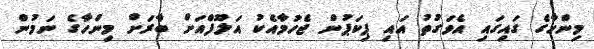
މިންހާގެ ގައިގައި އެވަގުތު އައި ޕިކަޕުން ޖެހުމާއެކު އަލޫފްއަށް ބާރަށް މިންހާގެ ނަމުން